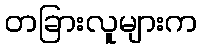
တခြားလူများက